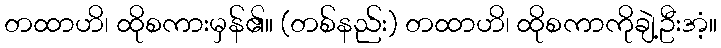
တထာဟိ၊ ထိုစကားမှန်၏။ (တစ်နည်း) တထာဟိ၊ ထိုစကာကိုချဲ့ဦးအံ့။